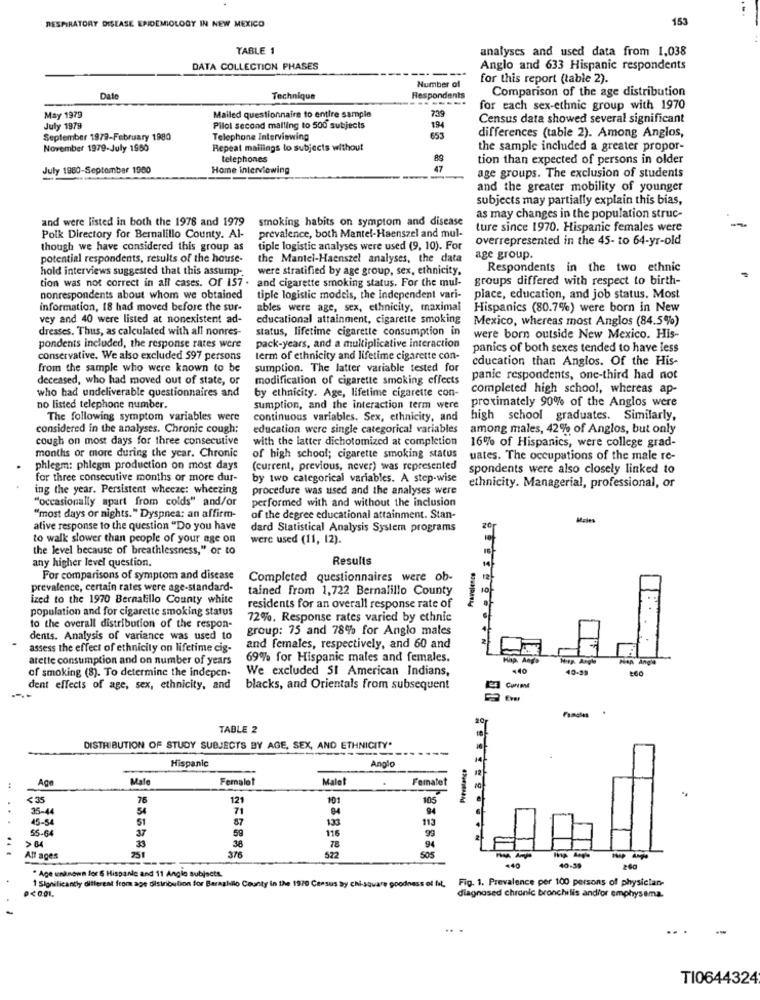
153
RESPIRATORY DISEASE EPIDEMIOLOGY IN NEW MEXICO
TABLE 1
analyses and used data from 1,038
DATA COLLECTION PHASES
---
Anglo and 633 Hispanic respondents
Number of
for this report (table 2).
Comparison of the age distribution
Date
Technique
Respondents
-------
for each sex-ethnic group with 1970
May 1979
Mailed questionnaire to entire sample
7.39
Census data showed several significant
July 1979
Pilot second malling to 500 subjects
194
September 1979-February 1980
Telephone Interviewing
653
differences (table 2). Among Anglos,
November 1979-July 1950
Repeat mailings to subjects without
the sample included a greater propor-
telephones
89
tion than expected of persons in older
July 1980-September 1980
Home interviewing
47
age groups. The exclusion of students
and the greater mobility of younger
subjects may partially explain this bias,
and were listed in both the 1978 and 1979
smoking habits on symptom and disease
as may changes in the population struc-
prevalence, both Mantel-Haenszel and mul-
ture since 1970. Hispanic females were
Polk Directory for Bernalillo County. Al-
overrepresented in the 45- to 64-yr-old
though we have considered this group as
tiple logistic analyses were used (9, 10). For
potential respondents, results of the house-
the Mantel-Haenszel analyses, the data
age group.
hold interviews suggested that this assump-
were stratified by age group, sex, ethnicity,
Respondents in the two ethnic
tion was not correct in all cases. Of 157 .
and cigarette smoking status. For the mul-
groups differed with respect to birth-
nonrespondents about whom we obtained
tiple logistic models, the Independent vari-
piace, education, and job status. Most
information, 18 had moved before the sur-
ables were age, sex, ethnicity, maximal
Hispanics (80.7%) were born in New
vey and 40 were listed at nonexistent ad-
educational attainment, cigarette smoking
Mexico, whereas most Anglos (84.5%)
dresses. Thus, as calculated with all nonres-
status, lifetime cigarette consumption in
were born outside New Mexico. His-
pondents included, the response rates were
pack-years, and a multiplicative interaction
panics of both sexes tended to have less
conservative. We also excluded 597 persons
term of ethnicity and lifetime cigarette con-
education than Anglos. Of the His-
from the sample who were known to be
sumption. The latter variable tested for
deceased, who had moved out of state, or
modification of cigarette smoking effects
panic respondents, one-third had not
who had undeliverable questionnaires and
completed high school, whereas ap
by ethnicity. Age, lifetime cigarette con-
proximately 90% of the Anglos were
no listed telephone number.
sumption, and the interaction term were
The following symptom variables were
continuous variables. Sex, ethnicity, and
high school graduates. Similarly,
considered in the analyses. Chronic cough:
education were single categorical variables
among males, 42% of Anglos, but only
cough on most days for three consecutive
with the latter dichotomized at completion
months or more during the year. Chronic
16% of Hispanics, were college grad-
of high school; cigarette smoking status
uates. The occupations of the male re-
phlegm: phlegm production on most days
(current, previous, never) was represented
spondents were also closely linked to
for three consecutive months or more dur-
by two categorical variables. A step-wise
ing the year. Persistent wheeze: wheezing
procedure was used and the analyses were
ethnicity. Managerial, professional, or
"occasionally apart from colds" and/or
performed with and without the inclusion
"most days or nights." Dyspnea: an affirm-
of the degree educational attainment. Stan-
ative response to the question "Do you have
dard Statistical Analysis System programs
to walk slower than people of your age on
were used (11, 12).
the level because of breathlessness," or to
any higher level question.
Results
For comparisons of symptom and disease
Completed questionnaires were ob-
prevalence, certain rates were age-standard-
tained from 1,722 Bernalillo County
ized to the 1970 Bernalillo County white
population and for cigarette smoking status
residents for an overall response rate of
72%. Response rates varied by ethnic
to the overall distribution of the respon-
group: 75 and 78% for Anglo males
dents. Analysis of variance was used to
assess the effect of ethnicity on lifetime cig-
and females, respectively, and 60 and
N
atette consumption and on number of years
69% for Hispanic males and females.
Hip. Any's
Han Angle
of smoking (8). To determine the indepen-
We excluded SI American Indians,
-40
40-99
dent effects of age, sex, ethnicity, and
blacks, and Orientals from subsequent
TABLE 2
DISTRIBUTION OF STUDY SUBJECTS BY AGE, SEX, AND ETHNICITY*
Hispanic
Angle
Ace
Male
Femalot
Malet
Femalet
< 35
12
10
105
35-44
71
94
45-54
51
87
133
113
55.64
59
99
> 84
37
116
94
251
78
All ages
376
572
--
* Age unknown for 6 Hispanic and 11 Angle subjects.
.40
40-59
Fig. 1. Prevalence per 100 persons of physiclan-
1 Significantly different from age distribution for Barazahllo County in the 1970 Census by chi-square goodness of fil,
diagnosed chronic bronchilis and/or emphysema.
TI0644324